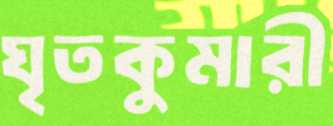
ঘৃতকুমারী